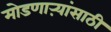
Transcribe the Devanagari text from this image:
मोडणाऱ्यांसाठी